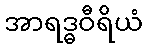
အာရဒ္ဓဝီရိယံ